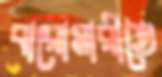
বারোমারীতে